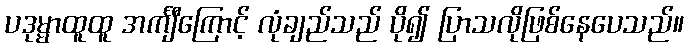
ပဒုမ္မာထူထူ အင်္ကျီကြောင့် လုံချည်သည် ပို၍ ပြာသလိုဖြစ်နေပေသည်။